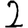
Digit: 2